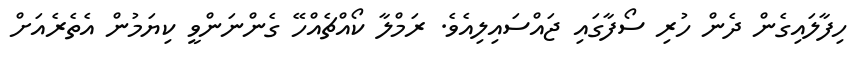
ހިފާލައިގެން ދެން ހުރި ސޯފާގައި ޖައްސައިލިއެވެ. ރަމްލާ ކޯއްޗެއްހޭ ގެންނަންވީ ކިޔަމުން އެތެރެއަށް